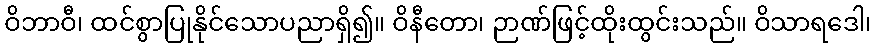
ဝိဘာဝီ၊ ထင်စွာပြုနိုင်သောပညာရှိ၍။ ဝိနီတော၊ ဉာဏ်ဖြင့်ထိုးထွင်းသည်။ ဝိသာရဒေါ၊